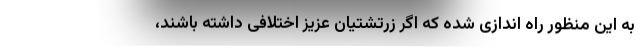
به این منظور راه اندازی شده که اگر زرتشتیان عزیز اختلافی داشته باشند،